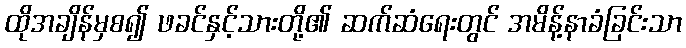
ထိုအချိန်မှစ၍ ဖခင်နှင့်သားတို့၏ ဆက်ဆံရေးတွင် အမိန့်နာခံခြင်းသာ